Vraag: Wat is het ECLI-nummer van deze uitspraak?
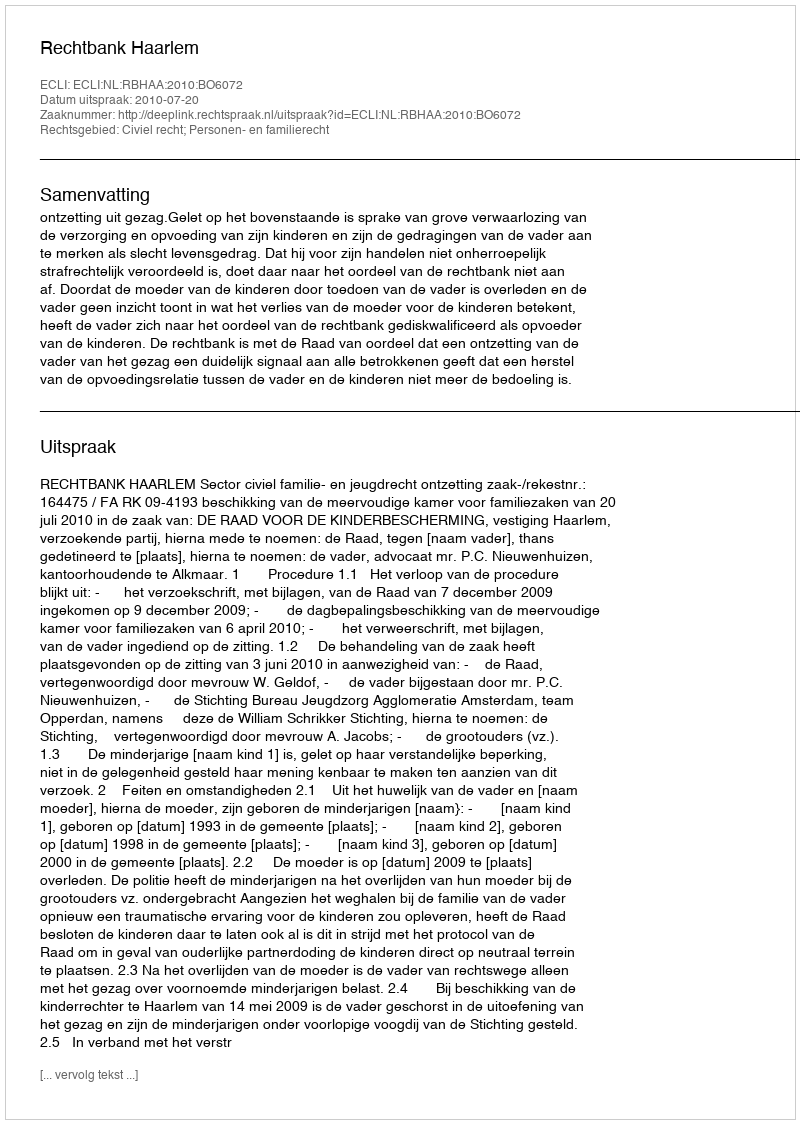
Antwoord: ECLI:NL:RBHAA:2010:BO6072